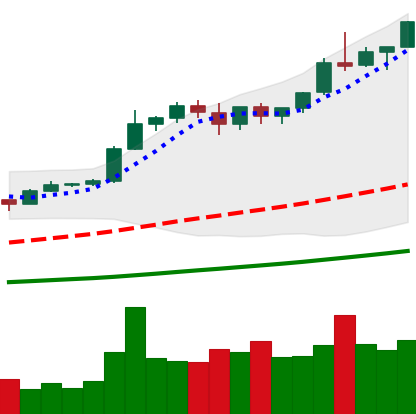
Ticker: BTC-USD
Chart end date: 2020-12-30
Forward return: 10.856%
Label: up_7plus